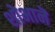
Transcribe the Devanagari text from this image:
शोभानॆ